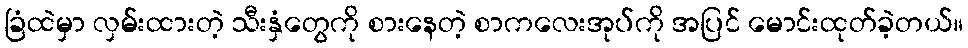
ခြံထဲမှာ လှမ်းထားတဲ့ သီးနှံတွေကို စားနေတဲ့ စာကလေးအုပ်ကို အပြင် မောင်းထုတ်ခဲ့တယ်။